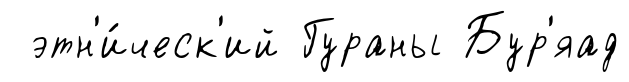
этн'и́ческ'ий Гураны Бур'яад